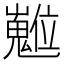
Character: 𡾵